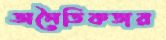
অনৈতিকতার